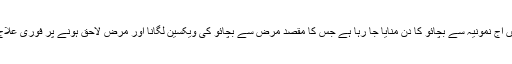
دنیا بھر میں آج نمونیہ سے بچائو کا دن منایا جا رہا ہے جس کا مقصد مرض سے بچائو کی ویکسین لگانا اور مرض لاحق ہونے پر فوری علاج کرانا ہے۔